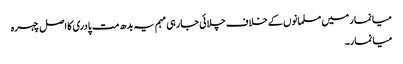
میانمار میں مسلمانوں کے خلاف چلائی جارہی مہم یہ بدھ مت پادری کا اصل چہرہ
میانمار۔